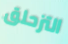
التزحلق